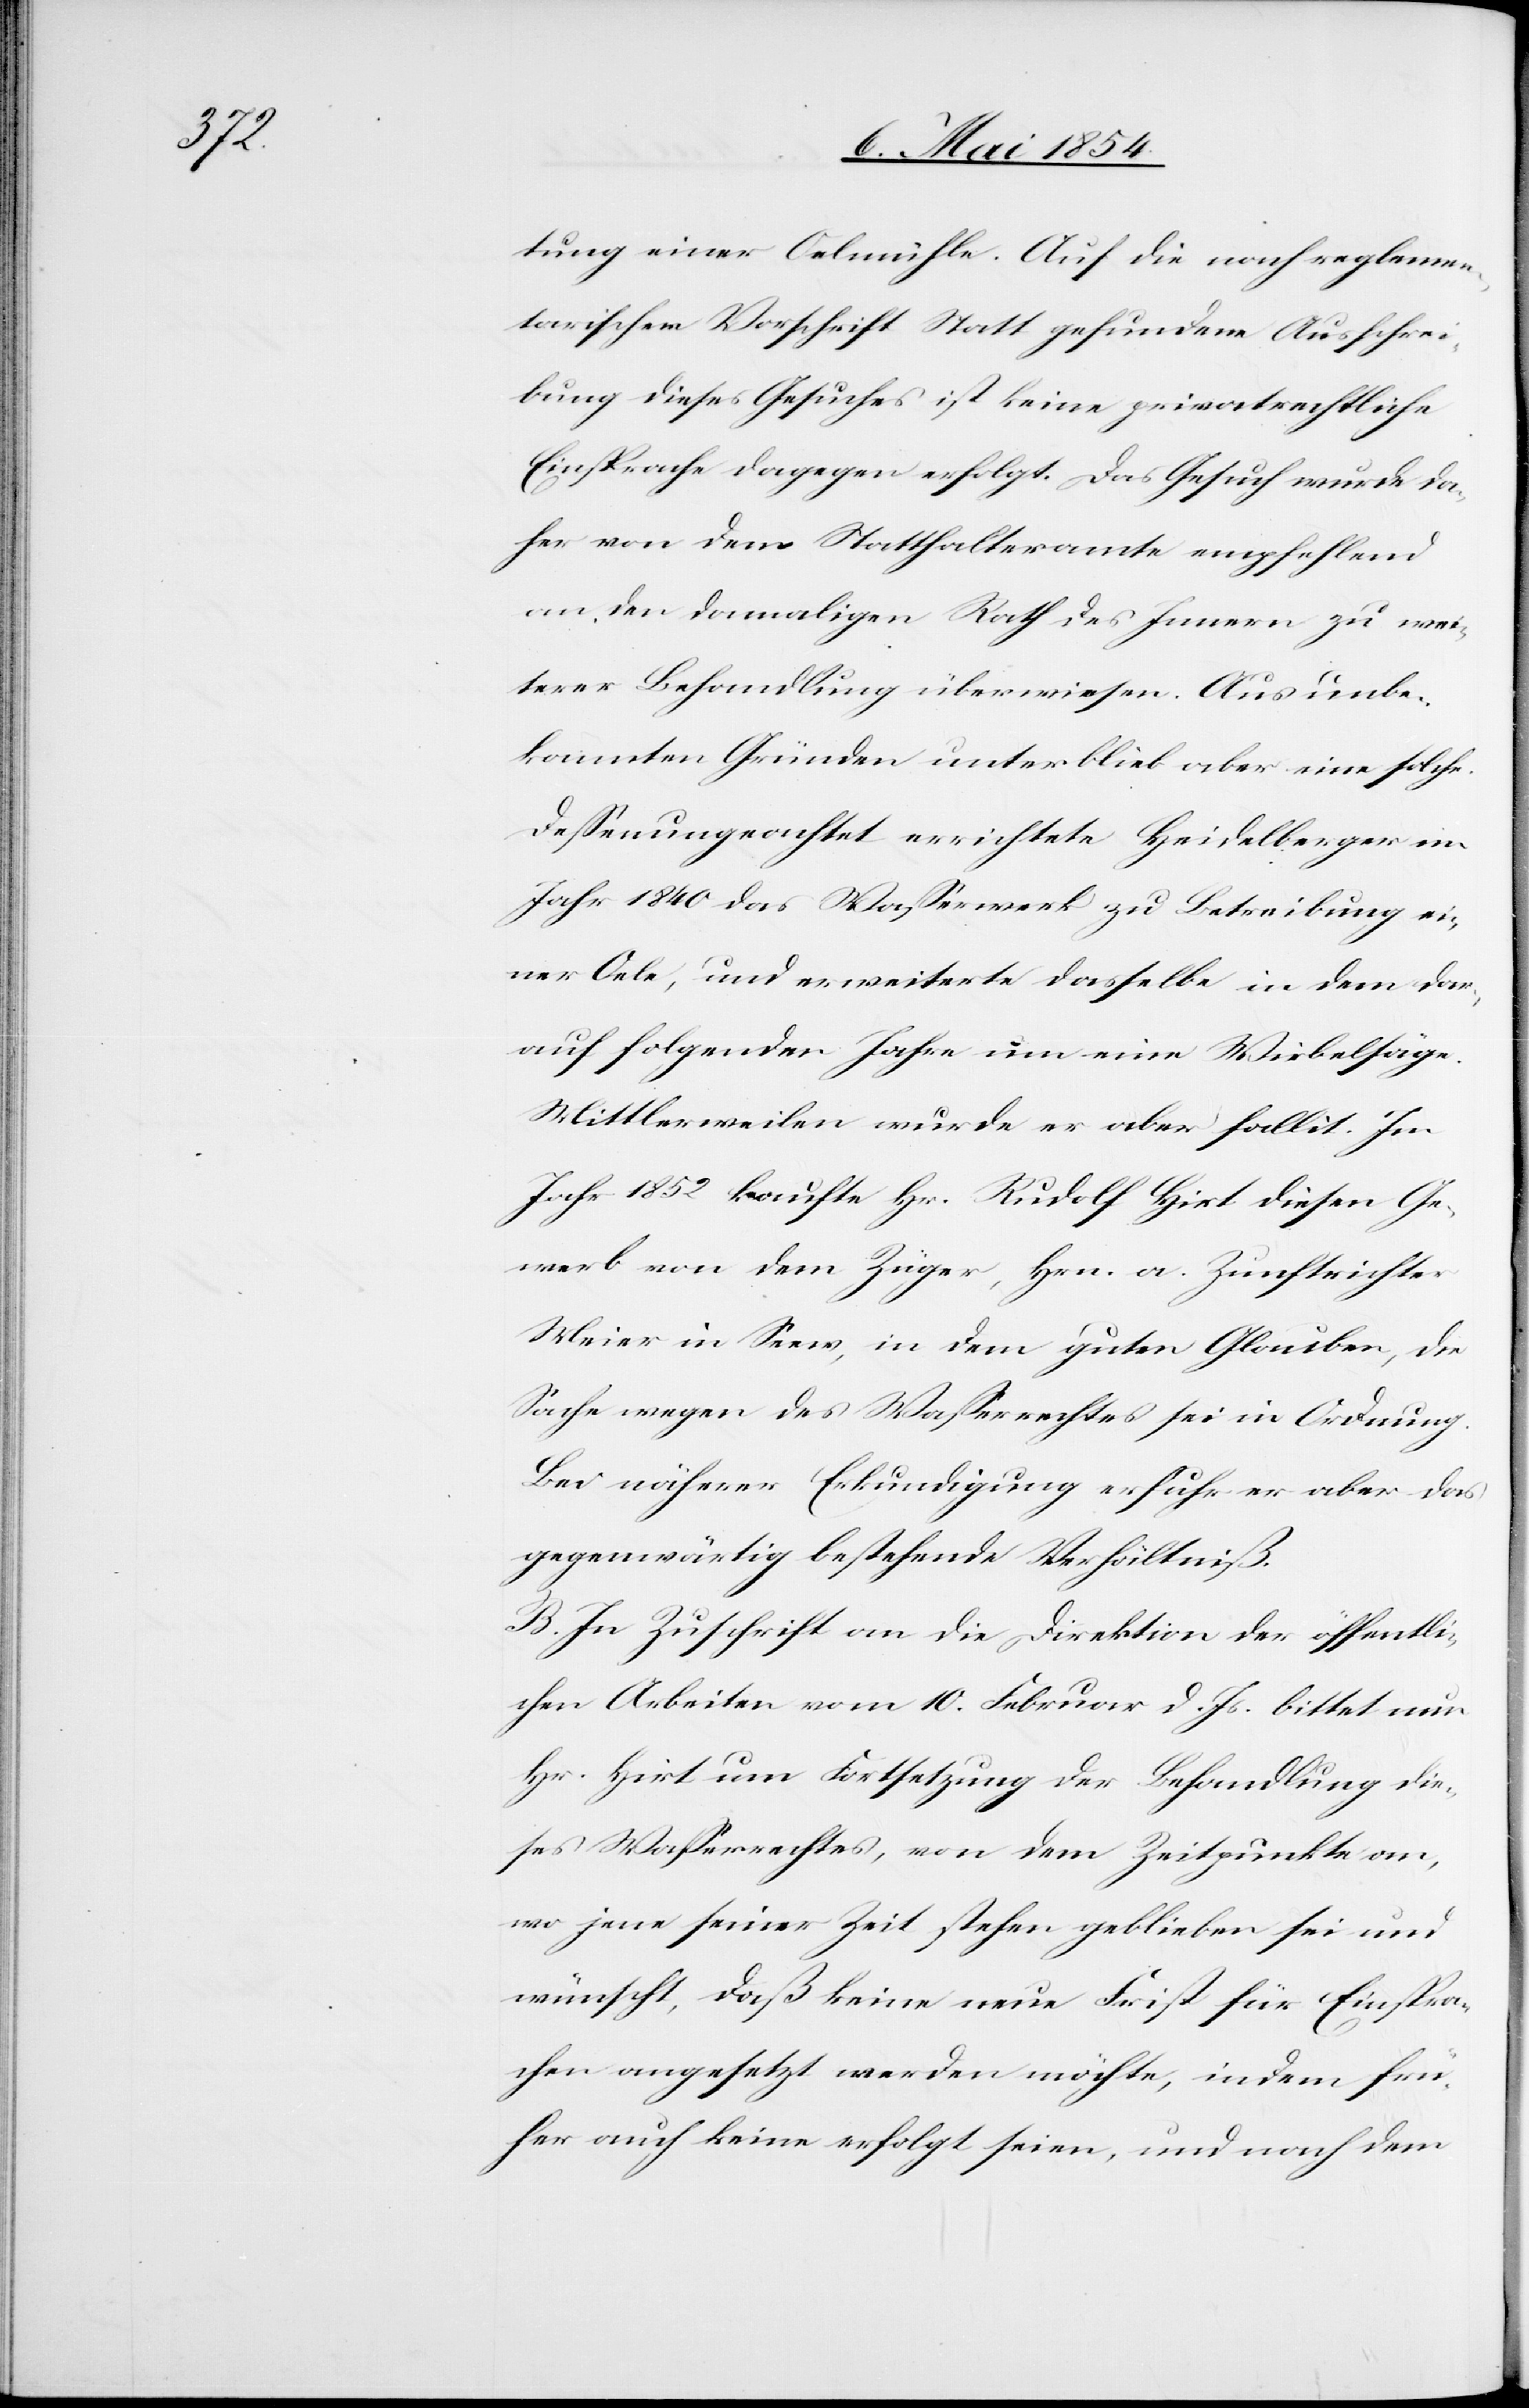
tung einer Oelmühle. Auf die nach reglemen¬
tarischer Vorschrift Statt gefundene Ausschrei¬
bung dieses Gesuches ist keine privatrechtliche
Einsprache dagegen erfolgt. Das Gesuch wurde da¬
her von dem Statthalteramte empfehlend
an den damaligen Rath des Innern zu wei¬
terer Behandlung überwiesen. Aus unbe¬
kannten Gründen unterblieb aber eine solche
deßenungeachtet errichtete Heidelberger im
Jahr 1840 das Waßerwerk zu Betreibung ei¬
ner Oele, und erweiterte dasselbe in dem dar¬
auf folgenden Jahre um eine Wirbelsäge.
Mittlerweilen wurde er aber fallit. Im
Jahr 1852 kaufte Hr. Rudolf Hirt diesen Ge¬
werb von dem Züger, Hrn. a. Zunftrichter
Meier in Seew, in dem guten Glauben, die
Sache wegen des Waßerrechtes sei in Ordnung.
Bei näherer Erkundigung erfuhr er aber das
gegenwärtig bestehende Verhältniß.
B. In Zuschrift an die Direktion der öffentli¬
chen Arbeiten vom 10. Februar d. Js. bittet nun
Hr. Hirt um Fortsetzung der Behandlung die¬
ses Waßerrechtes, von dem Zeitpunkte an,
wo jene seiner Zeit stehen geblieben sei und
wünscht, daß keine neue Frist für Einspra¬
chen angesetzt werden möchte, indem frü¬
her auch keine erfolgt seien, und nach dem